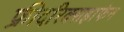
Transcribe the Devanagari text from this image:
फ्रीदरिक्सहाफेन